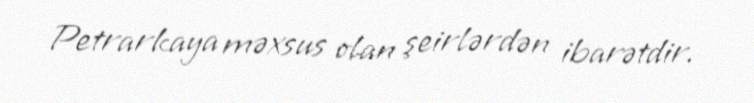
Petrarkaya məxsus olan şeirlərdən ibarətdir.